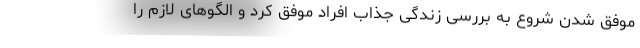
موفق شدن شروع به بررسی زندگی جذاب افراد موفق کرد و الگوهای لازم را